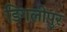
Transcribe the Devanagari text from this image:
डिगलीपुर